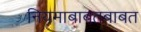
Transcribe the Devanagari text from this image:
नियमाबाबतबाबत